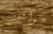
مواقف